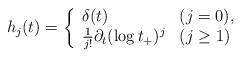
LaTeX: \begin{align*} h_j(t) = \left\{ \begin{array}{ll} \delta(t) & (j=0), \\\frac{1}{j!}\partial_t(\log t_+)^j & ( j \geq 1) \end{array}\right.\end{align*}